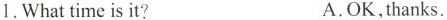
1.What time is it? A.OK,thanks.